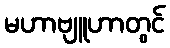
မဟာဗျူဟာတွင်